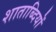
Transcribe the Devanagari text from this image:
शाताब्दियों